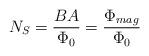
LaTeX: \begin{align*}N_S = {B A\over \Phi_0} = {\Phi_{mag} \over \Phi_0}\end{align*}